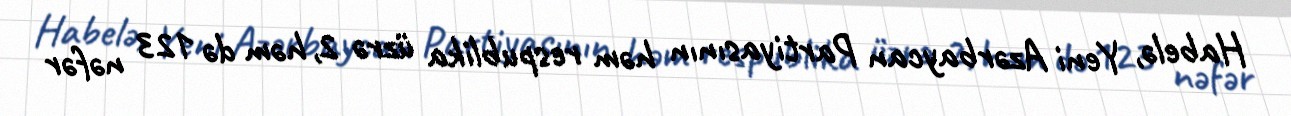
Habelə, Yeni Azərbaycan Partiyasının həm respublika üzrə 2, həm də 123 nəfər